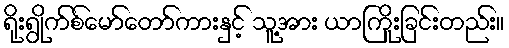
ရိုးရွိုက်စ်မော်တော်ကားနှင့် သူ့အား ယာကြိုးခြင်းတည်း။